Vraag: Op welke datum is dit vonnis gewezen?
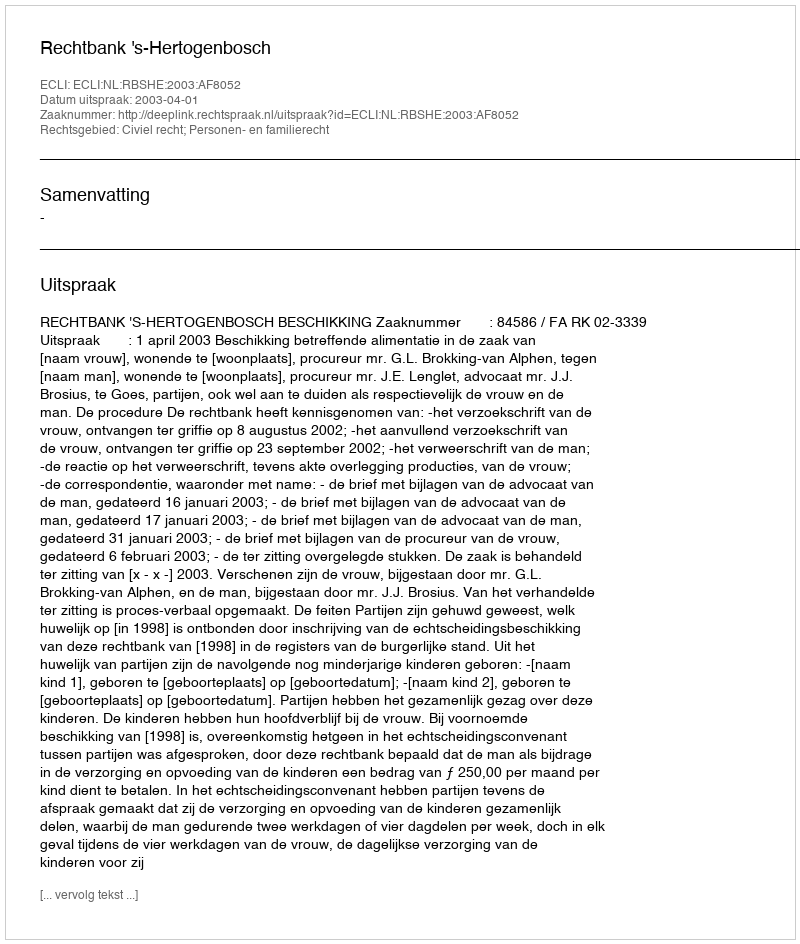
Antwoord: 2003-04-01